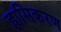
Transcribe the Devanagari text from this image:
ह्रासिकरण